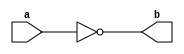
//This is for not logic.
module not_logic(a, b); //Here a is input and b is output.
input a;
output b;
assign b = ~a;
endmodule